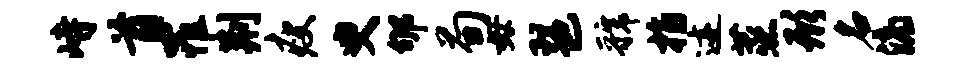
峙首罹荆瘦臾郇荀毋琶虢指迹蒸形名滴